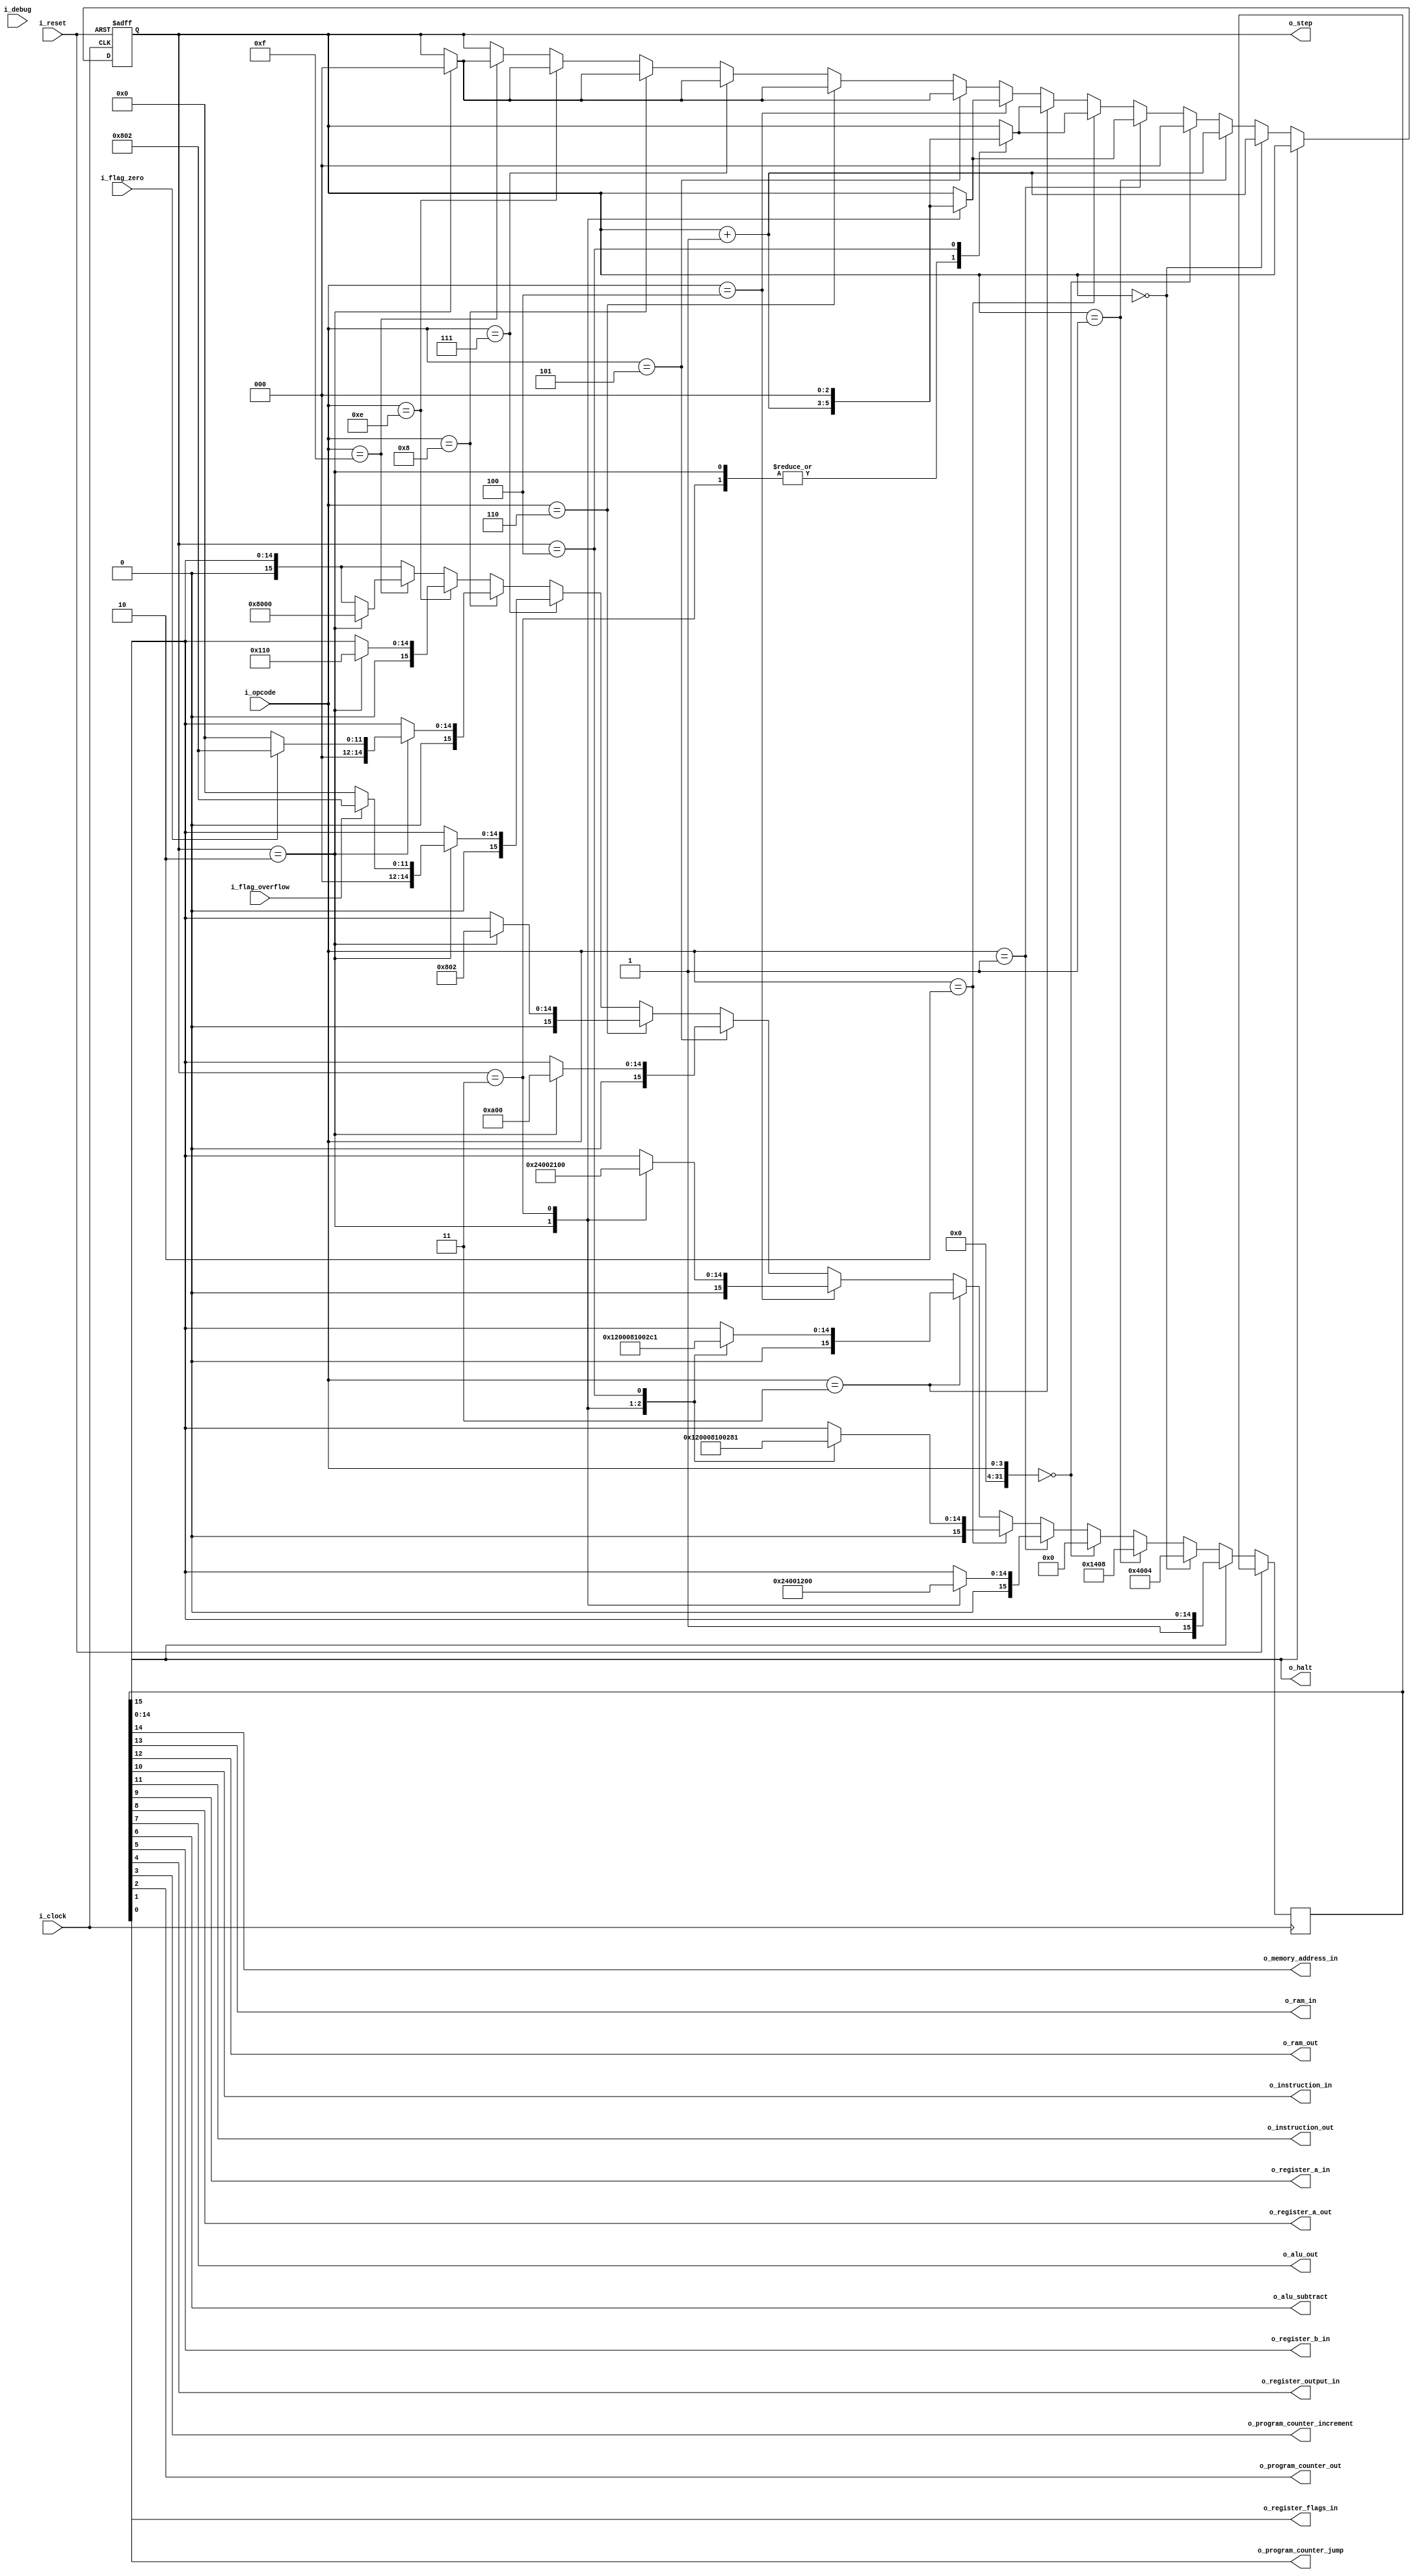
/**
 * Control-Sequencer for SPA-1+
 */
module controller
  (
   input        i_debug, 
   input        i_clock,
   input        i_reset,
   // Input opcode from Instruction Register
   input [3:0]  i_opcode,
   // Input from flags register
   input        i_flag_overflow,
   input        i_flag_zero, 
   // Control signals:
   output       o_halt,
   output       o_memory_address_in,
   output       o_ram_in,
   output       o_ram_out,
   output       o_instruction_in,
   output       o_instruction_out,
   output       o_register_a_in,
   output       o_register_a_out,
   output       o_alu_out,
   output       o_alu_subtract,
   output       o_register_b_in,
   output       o_register_output_in,
   output       o_program_counter_increment,
   output       o_program_counter_out,
   output       o_program_counter_jump,
   output       o_register_flags_in,
   // debug output step:
   output [2:0] o_step
   );

   // Instruction opcodes:
   integer     NOP = 0;
   integer     LDA = 1;
   integer     ADD = 2;
   integer     SUB = 3;
   integer     STA = 4;
   integer     LDI = 5;
   integer     JMP = 6;
   integer     JC = 7;
   integer     JZ = 8;
   integer     OUT = 14;
   integer     HLT = 15;
   
   // Keep track of the current step (t-state)
   // Step 0,1 are used for Fetch Instruction
   // Step 2,3,4 are used for Execute Instruction
   reg [2:0]   step = 0;
   // o_step is a debug output, it shows the step number for the next cycle
   assign o_step = step;
   
   // 16 control bits:
   reg [15:0]   control_bits = 16'b0000_0000_0000_0000;   
   assign o_halt = control_bits[15];
   assign o_memory_address_in = control_bits[14];
   assign o_ram_in = control_bits[13];
   assign o_ram_out = control_bits[12];
   assign o_instruction_out = control_bits[11];
   assign o_instruction_in = control_bits[10];
   assign o_register_a_in = control_bits[9];
   assign o_register_a_out = control_bits[8];
   assign o_alu_out = control_bits[7];
   assign o_alu_subtract = control_bits[6];
   assign o_register_b_in = control_bits[5];
   assign o_register_output_in = control_bits[4];
   assign o_program_counter_increment = control_bits[3];
   assign o_program_counter_out = control_bits[2];
   assign o_program_counter_jump = control_bits[1];
   assign o_register_flags_in = control_bits[0];
   
   always @(posedge i_clock or posedge i_reset) begin
      if(i_reset) begin
         step <= 0;
      end
      else if(!o_halt) begin
         // Fetch Cycle
         // Common to all instructions:
         if (step == 0)
           begin
              // Fetch cycle step 0
              // Program Counter Out
              // Memory Register In
              if(i_debug) $display("DEBUG: Controller t-state 1: Fetch step 1");
              control_bits <= 16'b0100_0000_0000_0100;
              step <= step + 1;
           end
         else if (step == 1)
           begin
              // Fetch cycle step 1
              // Instruction In
              // Ram Out
              // Program Counter Increment
              if(i_debug) $display("DEBUG: Controller t-state 2: Fetch step 2");
              control_bits <= 16'b0001_0100_0000_1000;
              step <= step + 1;
           end
         // Instruction Cycle
         // Instruction has been loaded from RAM, now to execute it:
         // Fetch took cylces 0,1 so we are now at step 2:
         else
           begin
              case(i_opcode)
                NOP:
                  begin
                     if(i_debug) $display("DEBUG: Controller t-state 3: NOP");
                     $display("Uhhhhh: %b", i_opcode);
                     control_bits <= 16'b0000_0000_0000_0000;
                     step <= 0; //done
                  end
                LDA:
                  begin
                     case (step)
                       2:
                         begin
                            // LDA step 2
                            // Instruction Out
                            // Memory Register In
                            if(i_debug) $display("DEBUG: Controller t-state 3: LDA");
                            control_bits <= 16'b0100_1000_0000_0000;
                            step <= step + 1;
                         end 
                      3:
                         begin
                            // LDA step 3
                            // Ram Out
                            // Register A In
                            if(i_debug) $display("DEBUG: Controller t-state 4: LDA");
                            control_bits <= 16'b0001_0010_0000_0000;
                            step <= 0; // done
                         end
                     endcase
                  end // case: LDA
                ADD:
                  begin
                     case (step)
                       2:
                         begin
                            // ADD step 2
                            // Instruction Out
                            // Memory Register In
                            if(i_debug) $display("DEBUG: Controller t-state 3: ADD");
                            control_bits <= 16'b0100_1000_0000_0000;
                            step <= step + 1;
                         end
                       3:
                         begin
                            // ADD step 3
                            // Ram Out
                            // Register B In
                            if(i_debug) $display("DEBUG: Controller t-state 4: ADD");
                            control_bits <= 16'b0001_0000_0010_0000;
                            step <= step + 1;
                         end
                       4:
                         begin
                            // ADD step 4
                            // ALU Out
                            // Register A In
                            // Flags In
                            if(i_debug) $display("DEBUG: Controller t-state 5: ADD");
                            control_bits <= 16'b0000_0010_1000_0001;
                            step <= 0; // done
                         end
                     endcase // case (step)
                  end
                SUB:
                  begin
                     case (step)
                       2:
                         begin
                            // SUB step 2
                            // Instruction Out
                            // Memory Register In
                            if(i_debug) $display("DEBUG: Controller t-state 3: SUB");
                            control_bits <= 16'b0100_1000_0000_0000;
                            step <= step + 1;
                         end
                       3:
                         begin
                            // SUB step 3
                            // Ram Out
                            // Register B In
                            if(i_debug) $display("DEBUG: Controller t-state 4: SUB");
                            control_bits <= 16'b0001_0000_0010_0000;
                            step <= step + 1;
                         end
                       4:
                         begin
                            // SUB step 4
                            // ALU Subtract
                            // ALU Out
                            // Register A In
                            // Flags In
                            if(i_debug) $display("DEBUG: Controller t-state 5: SUB");
                            control_bits <= 16'b0000_0010_1100_0001;
                            step <= 0; // done
                         end
                     endcase // case (step)
                  end
                STA:
                  begin
                     case (step)
                       2:
                         begin
                            // STA step 2
                            // Instruction Out
                            // Memory Register In
                            if(i_debug) $display("DEBUG: Controller t-state 3: STA");
                            control_bits <= 16'b0100_1000_0000_0000;
                            step <= step + 1;
                         end
                       3:
                         begin
                            // STA step 3
                            // Register A Out
                            // Ram In
                            if(i_debug) $display("DEBUG: Controller t-state 4: STA");
                            control_bits <= 16'b0010_0001_0000_0000;
                            step <= 0; // done
                         end
                     endcase // case (step)
                  end // case: STA
                LDI:
                  begin
                     case (step)
                       2:
                         begin
                            // LDI step 2
                            // Instruction Out
                            // Register A In
                            if(i_debug) $display("DEBUG: Controller t-state 3: LDI");
                            control_bits <= 16'b0000_1010_0000_0000;
                            step <= 0; // done
                         end
                     endcase // case (step)
                  end
                JMP:
                  begin
                     case (step)
                       2:
                         begin
                            // JMP step 2
                            // Instruction Out
                            // Jump
                            if(i_debug) $display("DEBUG: Controller t-state 3: JMP");
                            control_bits <= 16'b0000_1000_0000_0010;
                            step <= 0; // done
                         end
                     endcase // case (step)
                  end
                JC:
                  begin
                     case (step)
                       2:
                         begin
                            //JC step 2
                            if (i_flag_overflow) begin
                               // On Overflow:
                               // Instruction Out
                               // Jump
                               if(i_debug) $display("DEBUG: Controller t-state 3: JC: True");
                               control_bits <= 16'b0000_1000_0000_0010;
                               step <= 0; // done
                            end
                            else begin
                               // Else NOP
                               control_bits <= 16'b0000_0000_0000_0000;
                               step <= 0; // done
                               if(i_debug) $display("DEBUG: Controller t-state 3: JC: False");
                            end
                         end // case: 2
                     endcase
                  end
                JZ:
                  begin
                     case (step)
                       2:
                         begin
                            //JZ step 2
                            if (i_flag_zero) begin
                               // On Zero:
                               // Instruction Out
                               // Jump
                               if(i_debug) $display("DEBUG: Controller t-state 3: JZ: True");
                               control_bits <= 16'b0000_1000_0000_0010;
                               step <= 0; // done
                            end
                            else begin
                               // Else NOP
                               if(i_debug) $display("DEBUG: Controller t-state 3: JZ: False");
                               control_bits <= 16'b0000_0000_0000_0000;
                               step <= 0; // done
                            end
                         end // case: 2
                     endcase
                  end
                OUT:
                  begin
                     case (step)
                       2:
                         begin
                            // OUT step 2
                            // Register A Out
                            // Output Register In
                            if(i_debug) $display("DEBUG: Controller t-state 3: OUT");
                            control_bits <= 16'b0000_0001_0001_0000;
                            step <= 0; // done
                         end
                     endcase // case (step)                     
                  end
                HLT:
                  begin
                     case (step)
                       2:
                         begin
                            // HLT
                            // Halt Out
                            if(i_debug) $display("DEBUG: Controller t-state 3: HLT");
                            $display("INFO: System Halted");                            
                            control_bits <= 16'b1000_0000_0000_0000;
                            step <= 0; // done
                         end
                     endcase // case (step)
                  end
              endcase // case (i_opcode)
           end // else: !if(step == 1)
      end // else: !if(i_reset)
   end // always @ (posedge i_clock or posedge i_reset)

   always @(control_bits) begin
      if(i_debug) begin
         if(control_bits[0]) $display("DEBUG: Control signal: FR In");
         if(control_bits[1]) $display("DEBUG: Control signal: PC Jump");
         if(control_bits[2]) $display("DEBUG: Control signal: PC Out");
         if(control_bits[3]) $display("DEBUG: Control signal: PC Increment");
         if(control_bits[4]) $display("DEBUG: Control signal: Register OUT In");
         if(control_bits[5]) $display("DEBUG: Control signal: Register B In");
         if(control_bits[6]) $display("DEBUG: Control signal: ALU Subtract");
         if(control_bits[7]) $display("DEBUG: Control signal: ALU Out");
         if(control_bits[8]) $display("DEBUG: Control signal: Register A Out");
         if(control_bits[9]) $display("DEBUG: Control signal: Register A In");
         if(control_bits[10]) $display("DEBUG: Control signal: IR In");
         if(control_bits[11]) $display("DEBUG: Control signal: IR Out");
         if(control_bits[12]) $display("DEBUG: Control signal: RAM Out");
         if(control_bits[13]) $display("DEBUG: Control signal: RAM In");
         if(control_bits[14]) $display("DEBUG: Control signal: MAR In");    
         if(control_bits[15]) $display("DEBUG: Control signal: HLT");
      end
   end // always @ (control_bits)

   always @(i_opcode) begin
      if(i_debug) begin
         $display("DEBUG: Controller received new Opcode: %b", i_opcode);
      end
   end
endmodule // controller